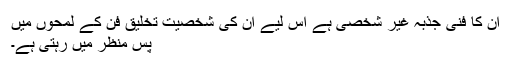
ان کا فنی جذبہ غیر شخصی ہے اس لیے ان کی شخصیت تخلیق فن کے لمحوں میں
پس منظر میں رہتی ہے۔